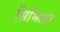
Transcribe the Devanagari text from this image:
सिमिलन